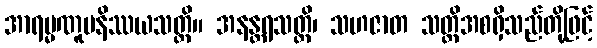
အာရမ္မဏူပနိဿယသတ္တိ။ အနန္တရသတ္တိ၊ သဟဇာတ သတ္တိအစရှိသည်တို့ဖြင့်